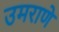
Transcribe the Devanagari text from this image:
उमराणे